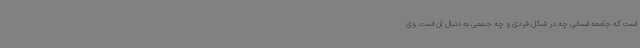
است که جامعه انسانی چه در شکل فردی و چه جمعی به دنبال آن است. وی